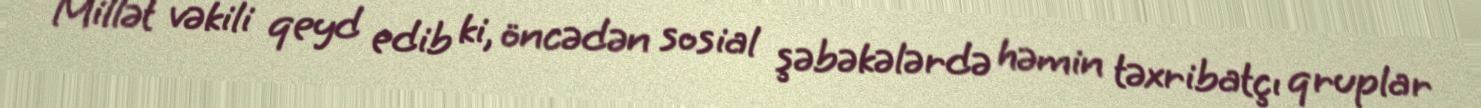
Millət vəkili qeyd edib ki, öncədən sosial şəbəkələrdə həmin təxribatçı qruplar